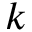
k